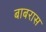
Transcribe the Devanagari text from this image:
बाबरास